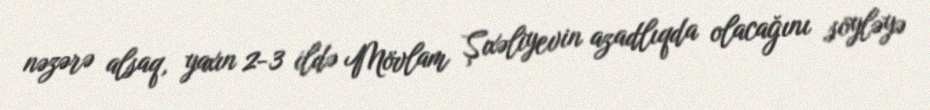
nəzərə alsaq, yaxın 2-3 ildə Mövlam Şıxəliyevin azadlıqda olacağını söyləyə